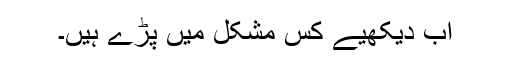
اب دیکھیے کس مشکل میں پڑے ہیں۔